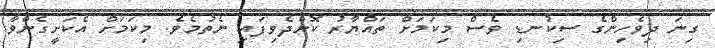
ގިނަ ދިވެހިންގެ ސިކުނޑި ވެސް މިކަމަށް ތައްޔާރު ކޮށްދެވިފައި ނެތުމެވެ. މިކަމަށް އެކަށީގެންވާ